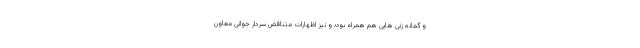
و گمانه زنی هایی هم همراه بود؛ و نیز اظهارات متناقض سردار جوانی معاون